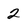
Character: 2